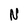
Character: N